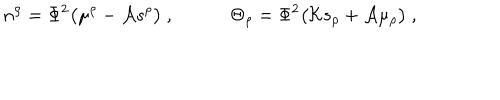
LaTeX: n ^ { \rho } = \Phi ^ { 2 } \big ( \mu ^ { \rho } - { \cal A } s ^ { \rho } \big ) \ , \qquad \quad \Theta _ { \rho } = \Phi ^ { 2 } \big ( { \cal K } s _ { \rho } + { \cal A } \mu _ { \rho } \big ) \ ,